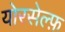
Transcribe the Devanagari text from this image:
योरसेल्फ़